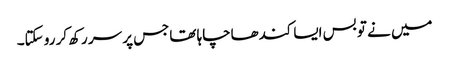
میں نے تو بس ایسا کندھاچاہا تھاجس پر سر رکھ کر رو سکتا۔